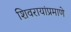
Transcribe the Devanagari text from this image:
शिवरायांप्रमाणे